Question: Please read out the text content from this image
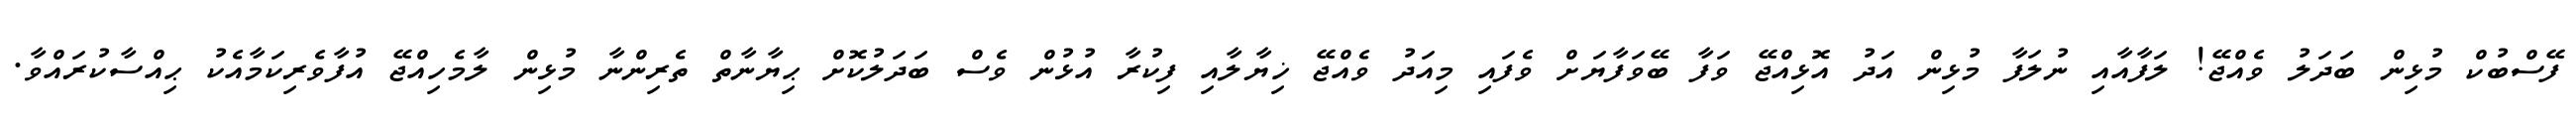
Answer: ފޭސްބުކް މުޅިން ބަދަލު ވެއްޖޭ! ލަފާއާއި ނުލަފާ މުޅިން އަދު އޮޅިއްޖޭ ވަފާ ބޭވަފާޔަށް ވެފައި މިއަދު ވެއްޖޭ ޚިޔާލާއި ފިކުރާ އުޅުން ވެސް ބަދަލުކޮށް ޙިޔާނާތް ތެރިންނާ މުޅިން ލާމެހިއްޖޭ އުފާވެރިކަމާއެކު ޙިއްސާކުރައްވާ.